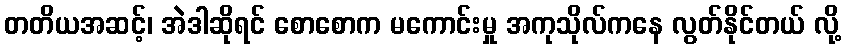
တတိယအဆင့်၊ အဲဒါဆိုရင် စောစောက မကောင်းမှု အကုသိုလ်ကနေ လွတ်နိုင်တယ် လို့